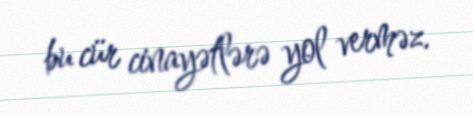
bu cür cinayətlərə yol verməz.